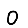
Digit: 0